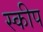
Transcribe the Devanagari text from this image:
स्कीप